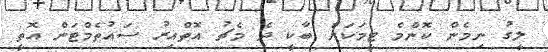
ލީގު ނިމެން ކޮންމެ ޓީމަކަށް ބާކީ ދެ މެޗު އޮތްއިރު ސައުތެމްޓަން އޮތީ